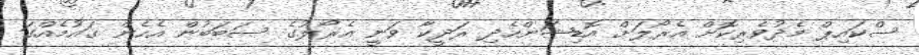
ސްކައިޕް މެދުވެރިކޮށް އެރޯލަށް އޮޑިޝަންހެދި ރަދީކާ ވަނީ އެރޯލުގެ ސަބަބުން އެހެން ޤައުމެއްގަ